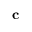
\mathbf { c }